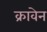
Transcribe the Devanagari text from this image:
क्रावेन